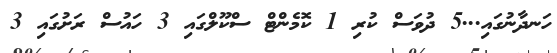
ހަނދާނުގައި...5 ދުވަސް ކުރި 1 ކޮމެންޓް ސްކޫލްގައި 3 ހައުސް ރަށުގައި 3